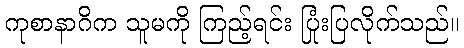
ကုစာနာဂိက သူမကို ကြည့်ရင်း ပြုံးပြလိုက်သည်။